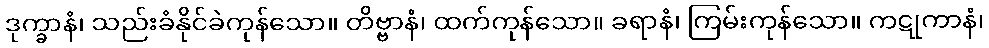
ဒုက္ခာနံ၊ သည်းခံနိုင်ခဲကုန်သော။ တိဗ္ဗာနံ၊ ထက်ကုန်သော။ ခရာနံ၊ ကြမ်းကုန်သော။ ကဋုကာနံ၊